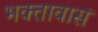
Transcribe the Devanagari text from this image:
भक्तावासं